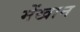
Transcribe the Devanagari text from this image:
मेंखान